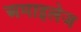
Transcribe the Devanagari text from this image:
अमाइलेज